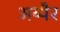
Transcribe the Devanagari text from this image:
अय्यैर